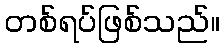
တစ်ရပ်ဖြစ်သည်။